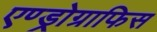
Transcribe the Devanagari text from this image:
एण्ड्रोग्राफिस